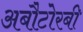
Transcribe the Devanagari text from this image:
अबौटोरबी